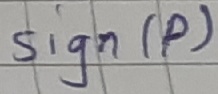
Text: Sign(p)